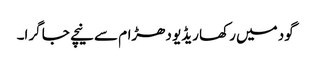
گود میں رکھا ریڈیو دھڑام سے نیچے جا گرا۔